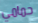
حمامي